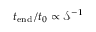
t _ { \mathrm { e n d } } / t _ { 0 } \propto \mathcal { S } ^ { - 1 }